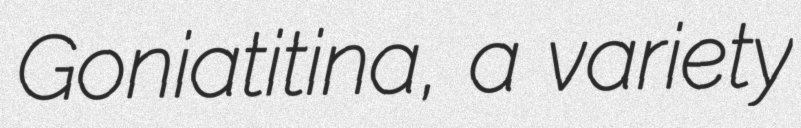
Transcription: Goniatitina, a variety